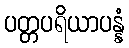
ပတ္တပရိယာပန္နံ